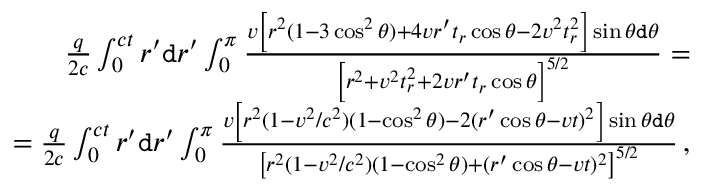
\begin{array} { r } { \frac { q } { 2 c } \int _ { 0 } ^ { c t } r ^ { \prime } \mathtt { d } r ^ { \prime } \int _ { 0 } ^ { \pi } \frac { v \left[ r ^ { 2 } ( 1 - 3 \cos ^ { 2 } \theta ) + 4 v r ^ { \prime } t _ { r } \cos \theta - 2 v ^ { 2 } t _ { r } ^ { 2 } \right] \sin \theta \mathtt { d } \theta } { \left[ r ^ { 2 } + v ^ { 2 } t _ { r } ^ { 2 } + 2 v r ^ { \prime } t _ { r } \cos \theta \right] ^ { 5 / 2 } } = } \\ { = \frac { q } { 2 c } \int _ { 0 } ^ { c t } r ^ { \prime } \mathtt { d } r ^ { \prime } \int _ { 0 } ^ { \pi } \frac { v \left[ r ^ { 2 } ( 1 - v ^ { 2 } / c ^ { 2 } ) ( 1 - \cos ^ { 2 } \theta ) - 2 ( r ^ { \prime } \cos \theta - v t ) ^ { 2 } \right] \sin \theta \mathtt { d } \theta } { \left[ r ^ { 2 } ( 1 - v ^ { 2 } / c ^ { 2 } ) ( 1 - \cos ^ { 2 } \theta ) + ( r ^ { \prime } \cos \theta - v t ) ^ { 2 } \right] ^ { 5 / 2 } } \, , } \end{array}